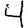
Digit: 4